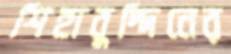
শিহাবুদ্দিনের